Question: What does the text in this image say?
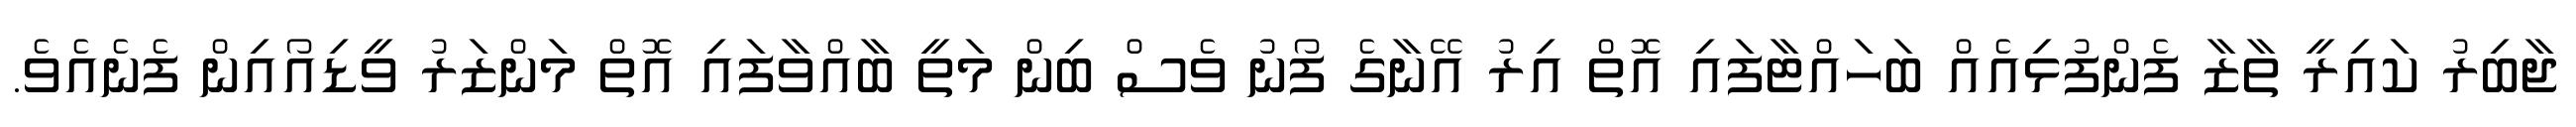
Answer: ޖާބިރު ކައިރީ ތާޒާ ފެންފުޅިއެއް ބަހައްޓާފައި އޮތް އިރު އޭނާގެ ފޯނު ވެސް ބިން މަތީ ބާއްވާފައި އޮތް މަންޒަރު ވީޑިއޯއިން ފެނެއެވެ.